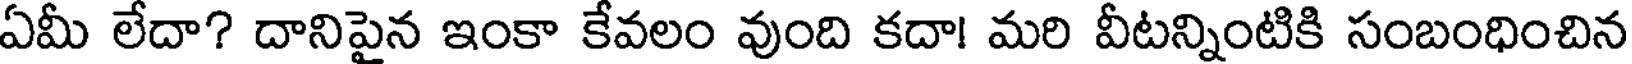
ఏమీ లేదా? దానిపైన ఇంకా కేవలం వుంది కదా! మరి వీటన్నింటికి సంబంధించిన